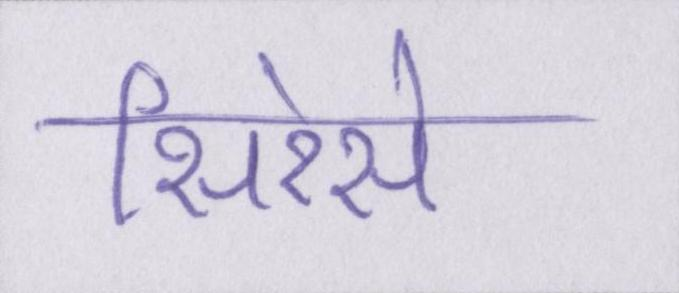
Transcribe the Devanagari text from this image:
सिरेसे